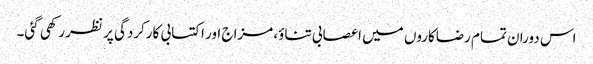
اس دوران تمام رضاکاروں میں اعصابی تناؤ، مزاج اور اکتسابی کارکردگی پر نظر رکھی گئی۔